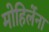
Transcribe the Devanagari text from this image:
मोहिलेंना